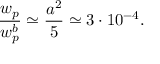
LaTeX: \frac { w _ { p } } { w _ { p } ^ { b } } \simeq \frac { a ^ { 2 } } { 5 } \simeq 3 \cdot 1 0 ^ { - 4 } .